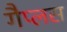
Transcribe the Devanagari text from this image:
गैप्लस